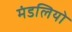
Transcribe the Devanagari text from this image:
मंडलियो